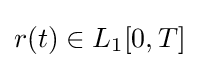
r(t)\in L_{1}[0,T]